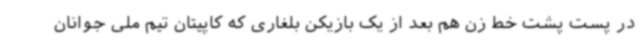
در پست پشت خط زن هم بعد از یک بازیکن بلغاری که کاپیتان تیم ملی جوانان